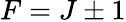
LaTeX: F=J\pm 1